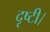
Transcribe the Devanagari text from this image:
दृष्टी।